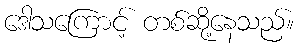
ဒေါသကြောင့် တစ်ဆို့နေသည်။